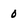
Character: 0